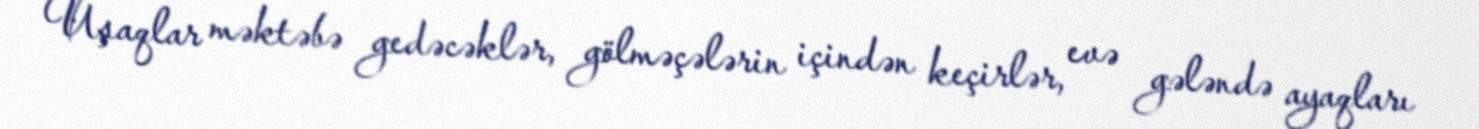
Uşaqlar məktəbə gedəcəklər, gölməçələrin içindən keçirlər, evə gələndə ayaqları